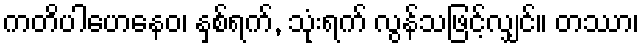
ကတိပါဟေနေဝ၊ နှစ်ရက်, သုံးရက် လွန်သဖြင့်လျှင်။ တဿာ၊